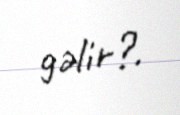
gəlir?.